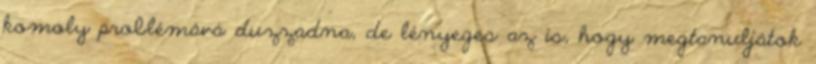
komoly problémává duzzadna, de lényeges az is, hogy megtanuljátok